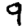
Digit: 9